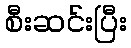
စီးဆင်းပြီး